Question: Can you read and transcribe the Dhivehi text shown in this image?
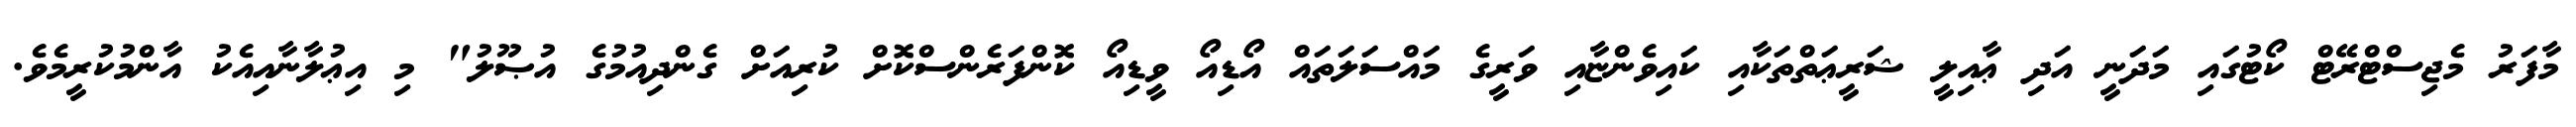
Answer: މާފަރު މެޖިސްޓްރޭޓް ކޯޓުގައި މަދަނީ އަދި ޢާއިލީ ޝަރީޢަތްތަކާއި ކައިވެންޏާއި ވަރީގެ މައްސަލަތައް އޯޑިއޯ ވީޑިއޯ ކޮންފަރެންސްކޮށް ކުރިއަށް ގެންދިއުމުގެ އުޞޫލު" މި އިޢުލާނާއިއެކު އާންމުކުރީމެވެ.